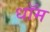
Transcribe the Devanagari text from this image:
धॉम